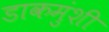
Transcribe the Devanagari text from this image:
डाकमुंशी